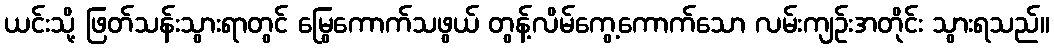
ယင်းသို့ ဖြတ်သန်းသွားရာတွင် မြွေကောက်သဖွယ် တွန့်လိမ်ကွေ့ကောက်သော လမ်းကျဉ်းအတိုင်း သွားရသည်။